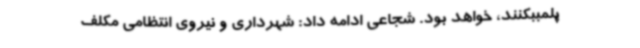
‌پلمببکنند، خواهد بود. شجاعی ادامه داد: شهرداری و نیروی انتظامی مکلف